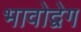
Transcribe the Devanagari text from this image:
भावोद्वेग